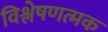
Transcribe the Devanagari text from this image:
विश्लेषणत्मक